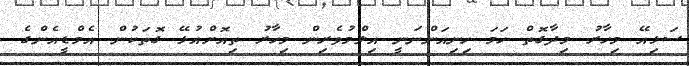
ސަޅިއޭ މިހާރު މިދާގޮތް ހަމަ ހިނިއަންނަނީ އިލްމުވެރިން މިހާރު ތިއޮށްއުޅޭ ގޮތަކުން އެމްޑީއެންގެ